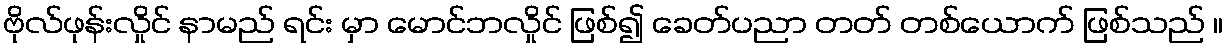
ဗိုလ်ဖုန်းလှိုင် နာမည် ရင်း မှာ မောင်ဘလှိုင် ဖြစ်၍ ခေတ်ပညာ တတ် တစ်ယောက် ဖြစ်သည် ။